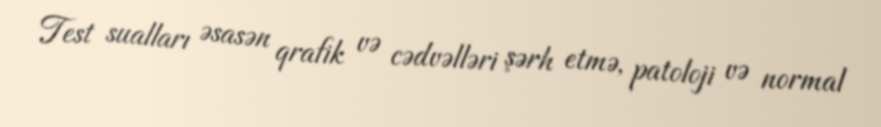
Test sualları əsasən qrafik və cədvəlləri şərh etmə, patoloji və normal